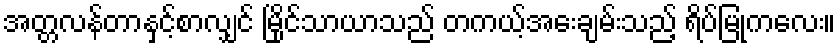
အတ္တလန်တာနှင့်စာလျှင် မြိုင်သာယာသည် တကယ့်အေးချမ်းသည့် ရိပ်မြုံကလေး။